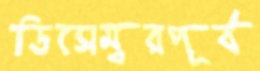
ডিসেম্বরপূর্ব